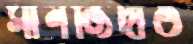
সানজিদাও